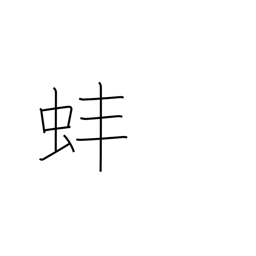
Meaning: clam